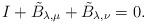
LaTeX: \begin{align*}I + \tilde B_{\lambda,\mu}+ \tilde B_{\lambda, \nu} = 0.\end{align*}